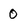
Character: 0